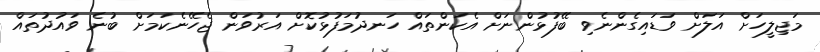
މަޖިލީހަށް އަލަށް ވަޑައިގެންނެވި ބޭފުޅުންނަށް އެކަންތައް ހަނދުމަފުޅުކޮށް އަރުވަން ޖެހޭނެކަމަށް ބުނެ ވައުދުތައް